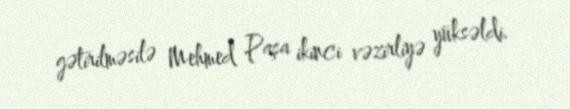
gətirilməsilə Mehmed Paşa ikinci vəzirliyə yüksəldi.